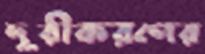
দূরীকরণের